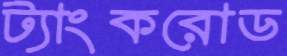
ট্যাংকরোড